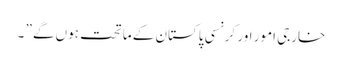
خارجی امور اور کرنسی پاکستان کے ماتحت ہوں گے” ۔